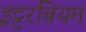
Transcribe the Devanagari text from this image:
इट्टरबियम